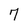
Character: 7